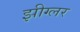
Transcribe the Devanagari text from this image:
झीग्लर